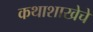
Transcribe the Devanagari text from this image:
कथाशाखेचे